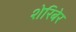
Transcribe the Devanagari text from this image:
शेरिबेर